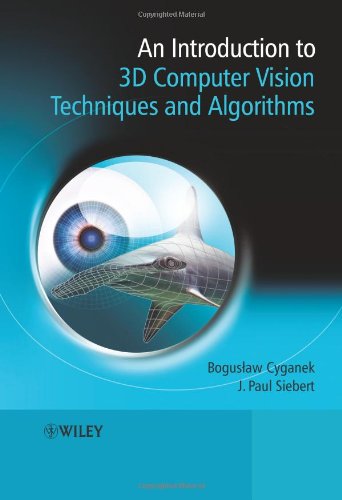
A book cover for An Introduction to 3D Computer Vision Techniques and Algorithms; Boguslaw Cyganek; Science & Math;